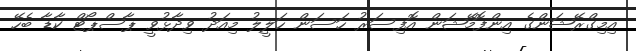
އިމިގްރޭޝަންގެ އިންފޮމޭޝަން އޮފިސަރު ހަސަން ހަލީލު މިއަދު ވިދާޅުވީ ޕާސްޕޯޓް ކާޑާ ބެހޭ